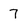
Character: 7